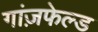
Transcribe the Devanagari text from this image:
गांज़फेल्ड